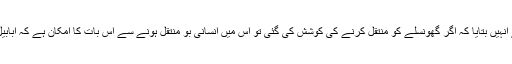
گھر گرانے والی ٹیم نے کام روک دیا اور پرندوں کے ایک ماہر سے رابطہ کیا جس نے انہیں بتایا کہ اگر گھونسلے کو منتقل کرنے کی کوشش کی گئی تو اس میں انسانی بو منتقل ہونے سے اس بات کا امکان ہے کہ ابابیل اپنے بچوں کو چھوڑ جائیں یوں اس کے بچوں کے مرنے کے امکانات بڑھ جائیں گے۔